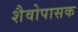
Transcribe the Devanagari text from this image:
शैवोपासक